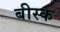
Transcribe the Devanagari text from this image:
बीस्क